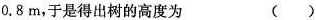
0.8m,于是得出树的高度为 （）